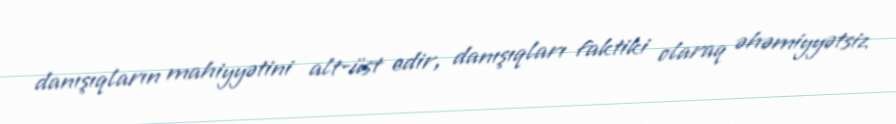
danışıqların mahiyyətini alt-üst edir, danışıqları faktiki olaraq əhəmiyyətsiz